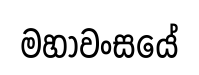
මහාවංසයේ